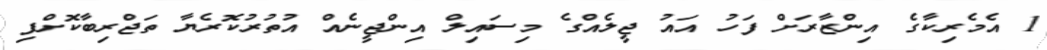
1 އެމެރިކާގެ އިންޒާރަށް ފަހު އައު ޖީލެއްގެ މިސައިލް އިންޖީނެއް އުތުރުކޮރެޔާ ތަޖްރިބާކޮށްފި